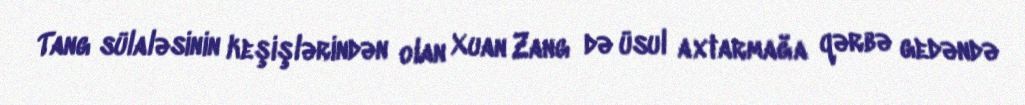
Tang sülaləsinin keşişlərindən olan Xuan Zang də üsul axtarmağa qərbə gedəndə